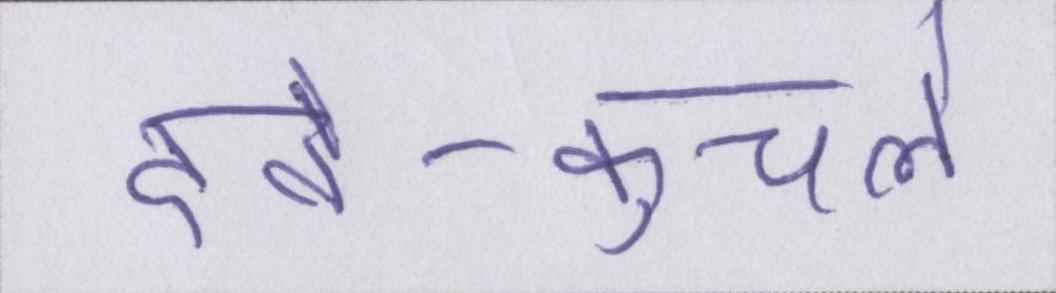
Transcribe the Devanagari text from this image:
दबे-कुचले